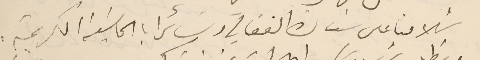
سَلامنا على سَيادة الفغالي وسَائر ابا الحاشية الكريمة.